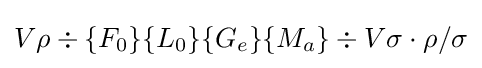
V\rho \div \{F_{0}\}\{L_{0}\}\{G_{e}\}\{M_{a}\}\div V\sigma \cdot \rho /\sigma